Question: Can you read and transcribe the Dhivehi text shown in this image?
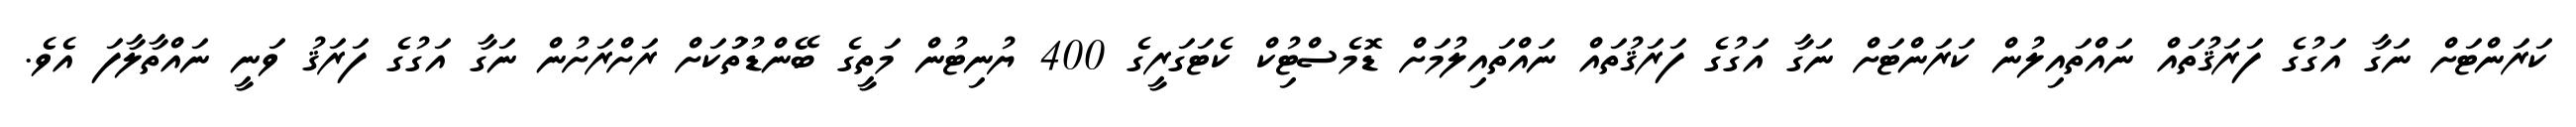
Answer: ކަރަންޓަށް ނަގާ އަގުގެ ފަރަޤުތައް ނައްތައިލުން ކަރަންޓަށް ނަގާ އަގުގެ ފަރަޤުތައް ނައްތައިލުމަށް ޑޮމެސްޓިުކް ކެޓަގަރީގެ 400 ޔުނިޓުން މަތީގެ ބޭންޑުތަުކަށް ރަށްރަށުން ނަގާ އަގުގެ ފަރަޤު ވަނީ ނައްތާލާފަ އެވެ.